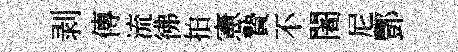
剥傳流彿拍憲贄不闍尼酆